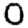
Digit: 0